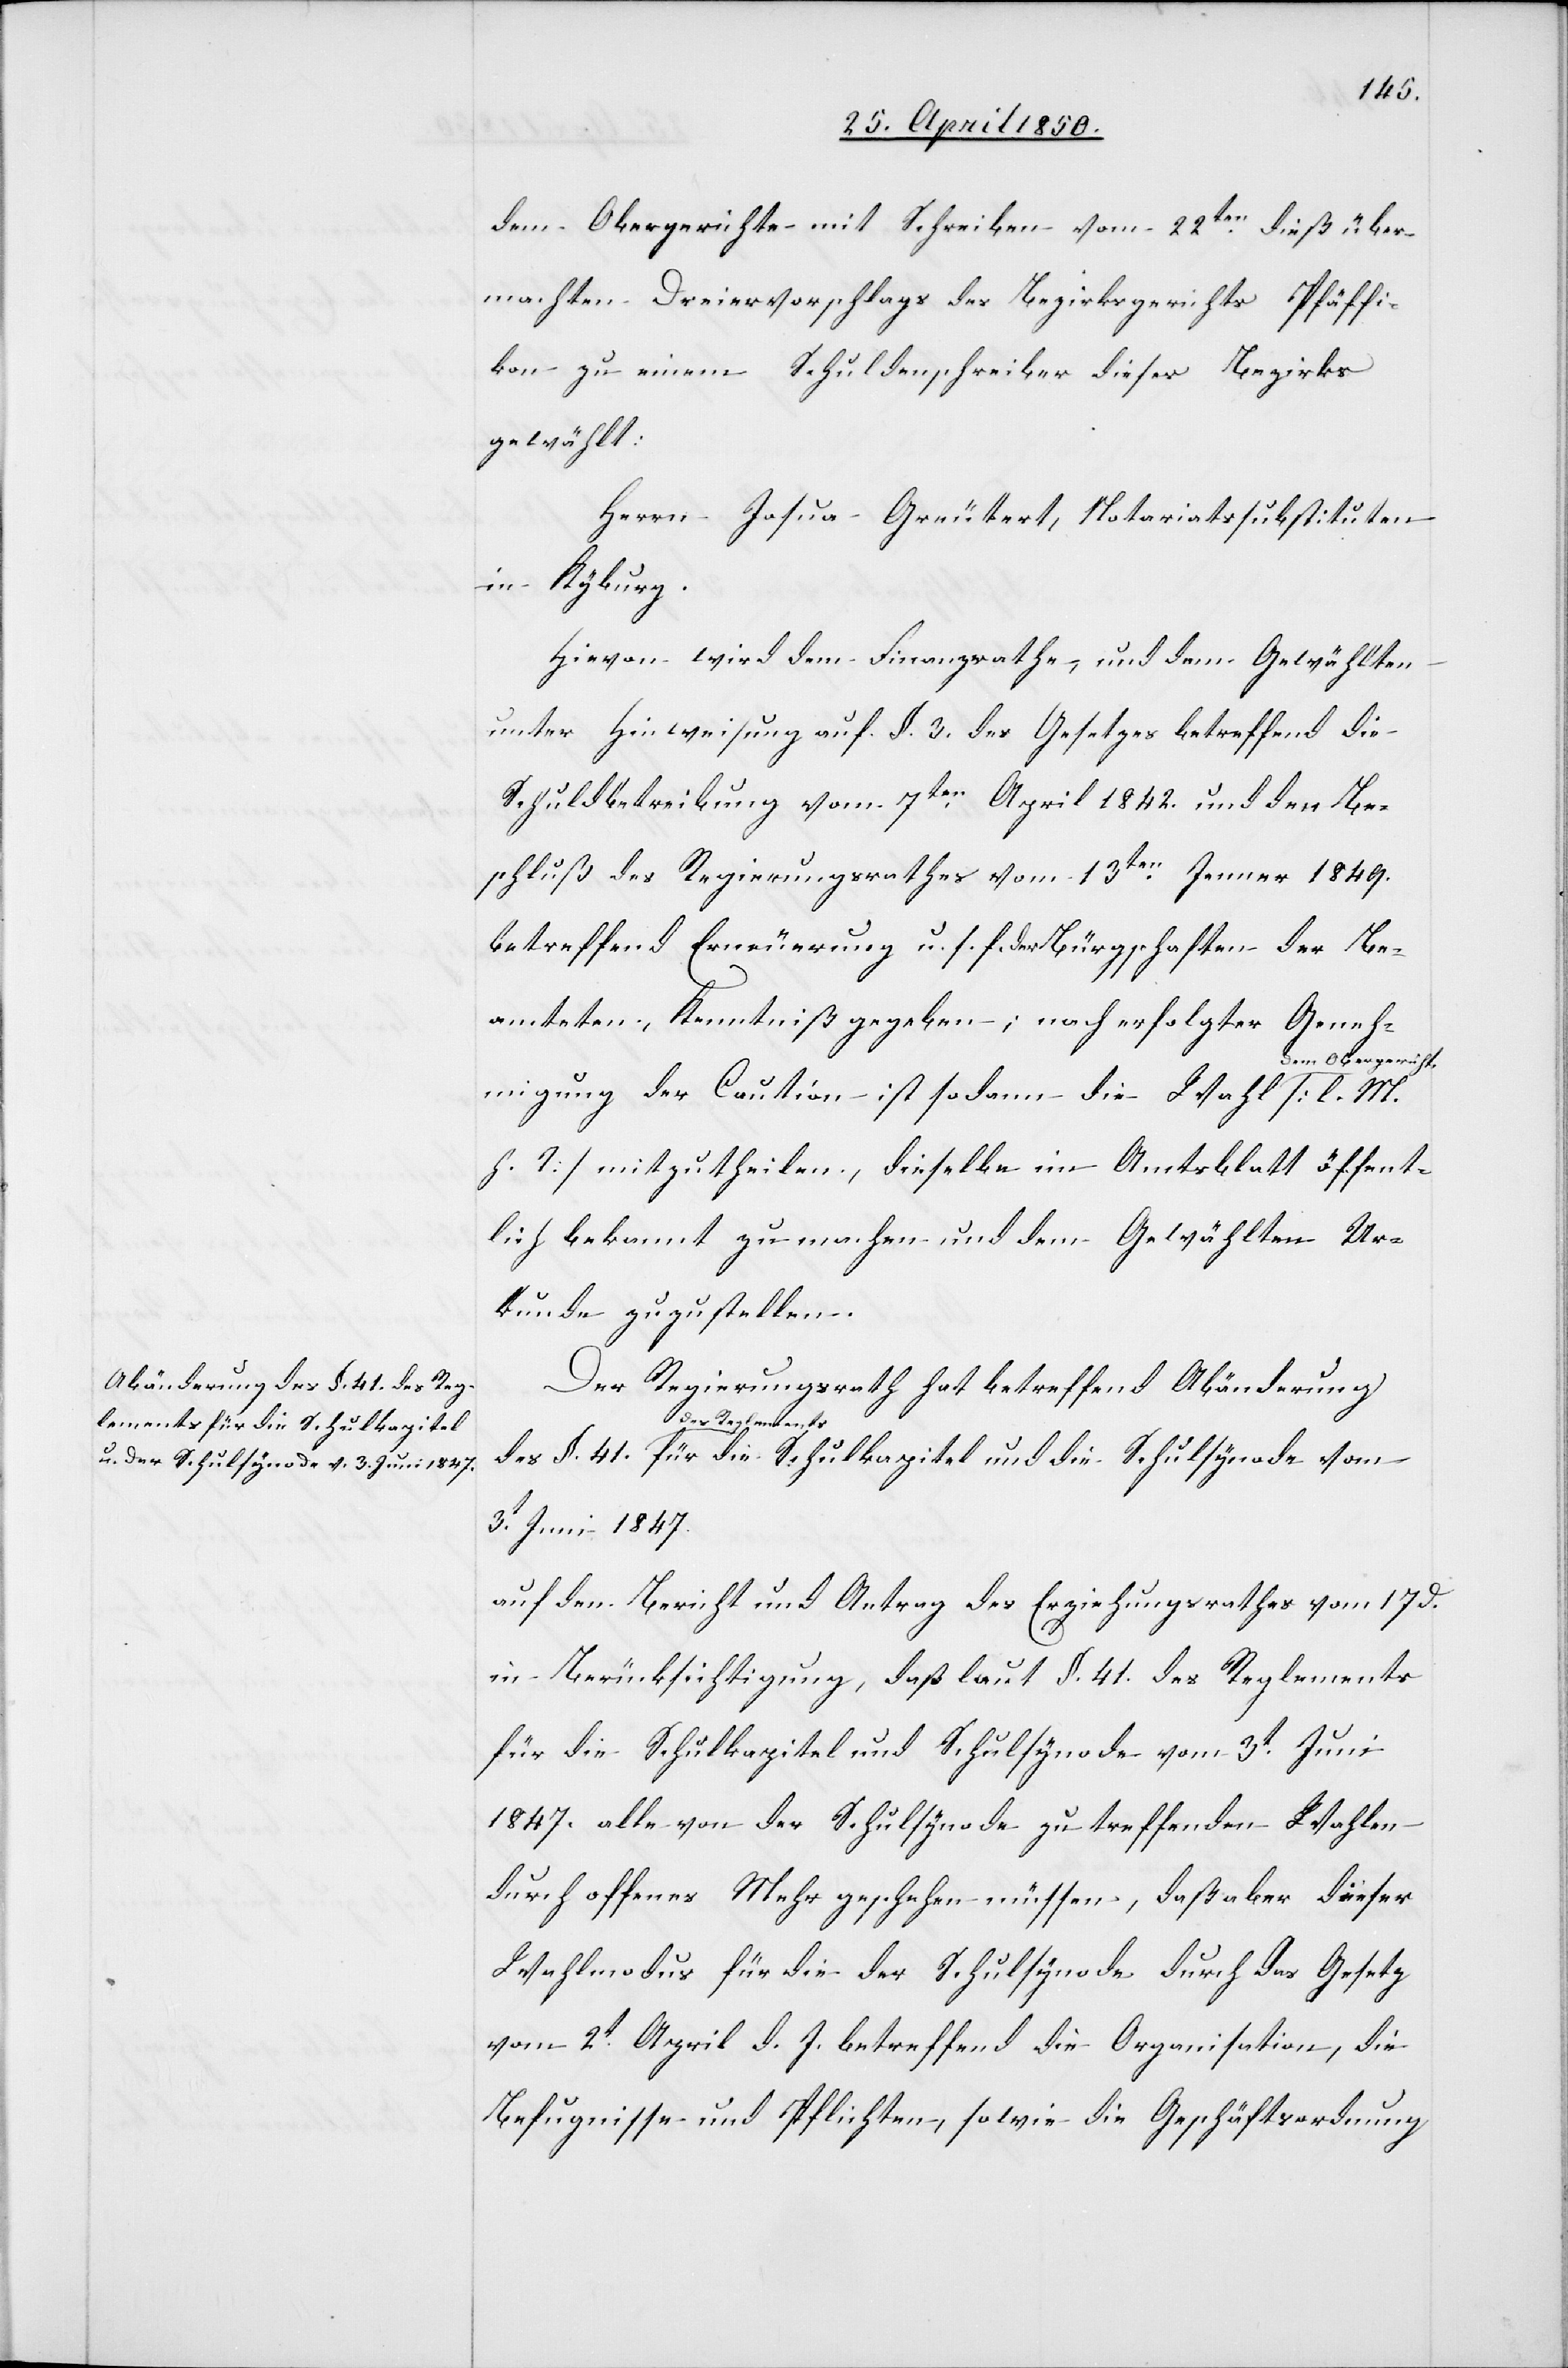
1847.
dem Obergerichte mit Schreiben vom 22ten dieß über¬
machten Dreiervorschlags des Bezirksgerichts Pfäffi¬
kon zu einem Schuldenschreiber dieses Bezirks
gewählt:
Herrn Josua Greutert, Notariatssubstituten
in Kyburg.
Hievon wird dem Finanzrathe, und dem Gewählten
unter Hinweisung auf §. 3. des Gesetzes betreffend die
Schuldbetreibung vom 7ten April 1842. und den Be¬
schluß des Regierungsrathes vom 13ten Jenner 1849.
betreffend Erneuerung u. s. f. der Bürgschaften der Be¬
amteten, Kenntniß gegeben; nach erfolgter Geneh¬
m Obergericht,
migung der Caution ist sodann die Wahl de¬
h. T] mitzutheilen, dieselbe im Amtsblatt öffent¬
lich bekannt zu machen und dem Gewählten Ur¬
kunde zuzustellen.
Der Regierungsrath hat betreffend Abänderung
des Reglements
auf den Bericht und Antrag des Erziehungsrathes vom 17 d.
in Berücksichtigung, daß laut §. 41. des Reglements
für die Schulkapitel und Schulsynode vom 3t Juni
1847. alle von der Schulsynode zu treffenden Wahlen
durch offenes Mehr geschehen müssen, daß aber dieser
Wahlmodus für die der Schulsynode durch das Gesetz
vom 2t April d. J. betreffend die Organisation, die
Befugnisse und Pflichten, sowie die Geschäftsordnung